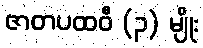
ဇာတပထဝီ (၃) မျိုး